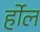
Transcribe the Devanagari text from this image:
र्होल